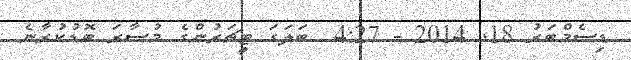
ޑިސެމްބަރު 18